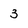
Character: 3